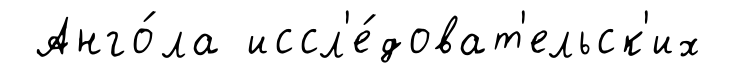
Анго́ла иссл'е́доват'ельск'их